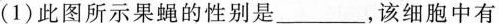
(1)此图所示果蝇的性别是______，该细胞中有